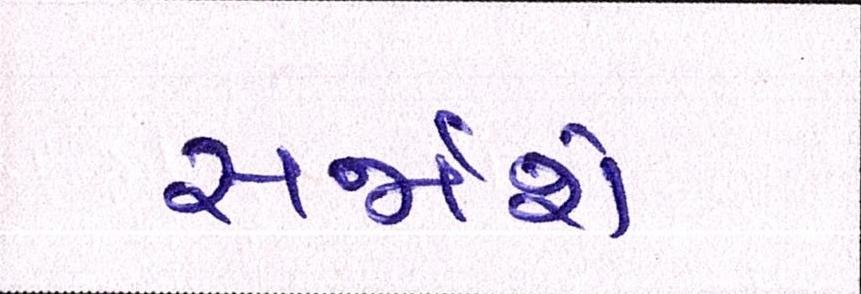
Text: સર્જાશે